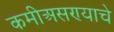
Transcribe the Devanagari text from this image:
कमीअसण्याचे